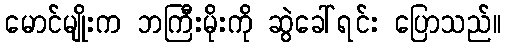
မောင်မျိုးက ဘကြီးမိုးကို ဆွဲခေါ်ရင်း ပြောသည်။